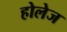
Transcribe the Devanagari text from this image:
होलेज